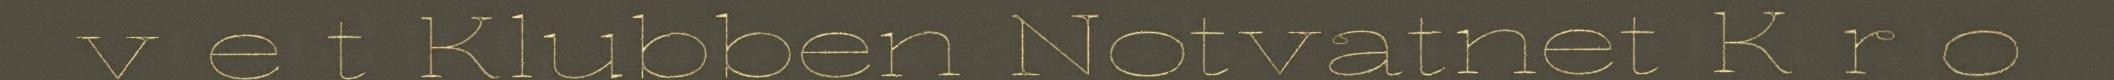
v e t Klubben Notvatnet K r o